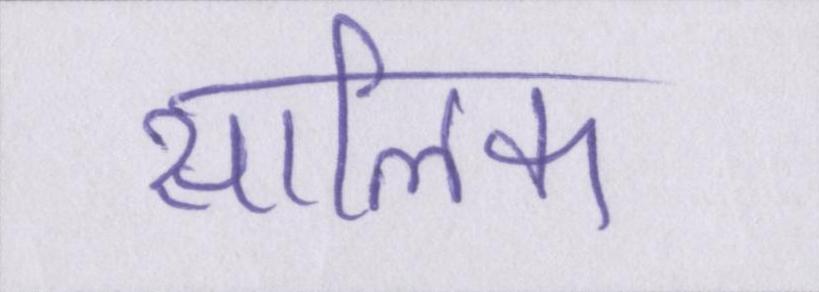
सालिक